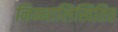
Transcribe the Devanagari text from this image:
निम्नालिखितित